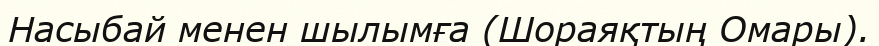
Насыбай менен шылымға (Шораяқтың Омары).